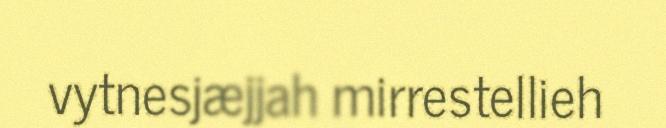
vytnesjæjjah mirrestellieh